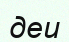
деи